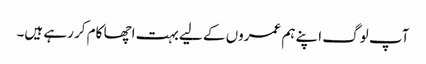
آپ لوگ اپنے ہم عمروں کے لیے بہت اچھا کام کر رہے ہیں۔